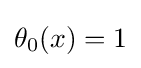
\theta _{0}(x)=1